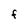
Character: F